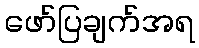
ဖော်ပြချက်အရ